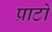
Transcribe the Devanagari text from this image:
प्राटो